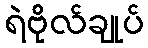
ရဲဗိုလ်ချုပ်